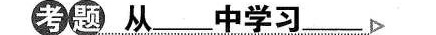
考题 ___中学习___\triangleright